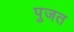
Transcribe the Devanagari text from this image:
पुजत